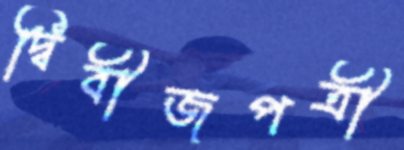
দ্বিবীজপত্রী